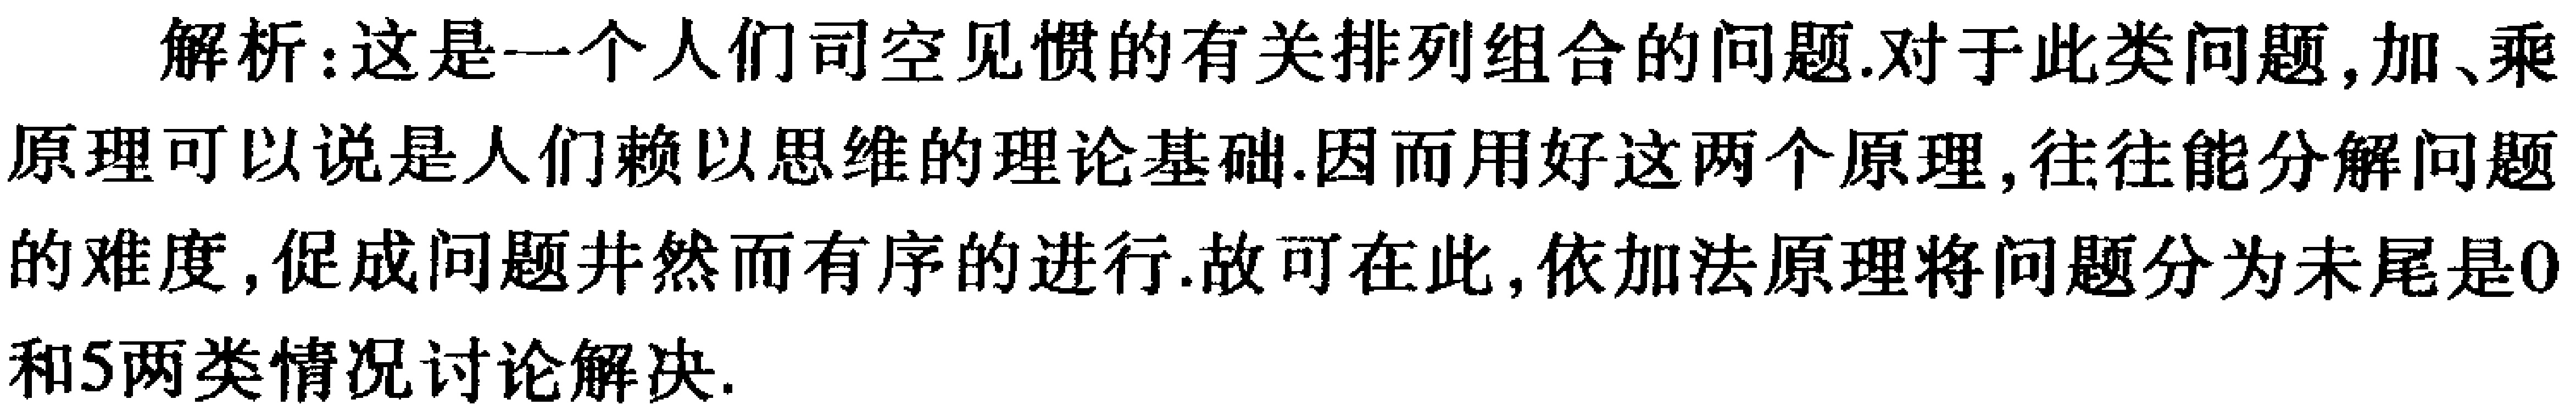
解析：这是一个人们司空见惯的有关排列组合的问题.对于此类问题,加、乘原理可以说是人们赖以思维的理论基础.因而用好这两个原理,往往能分解问题的难度,促成问题井然而有序的进行.故可在此,依加法原理将问题分为末尾是0和5两类情况讨论解决.